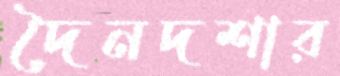
দৈনদশার